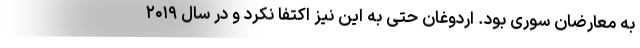
به معارضان سوری بود. اردوغان حتی به این نیز اکتفا نکرد و در سال ۲۰۱۹